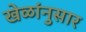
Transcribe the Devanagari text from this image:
खेळांनुसार